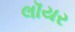
લૉયર